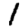
Digit: 1